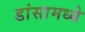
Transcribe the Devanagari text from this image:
डांसामध्ये